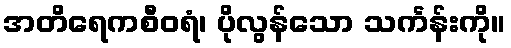
အတိရေကစီဝရံ၊ ပိုလွန်သော သင်္ကန်းကို။